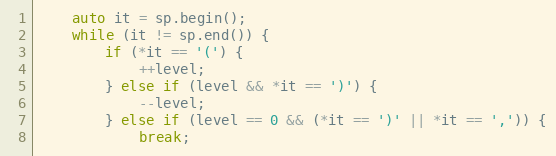
Language: C++
    auto it = sp.begin();
    while (it != sp.end()) {
        if (*it == '(') {
            ++level;
        } else if (level && *it == ')') {
            --level;
        } else if (level == 0 && (*it == ')' || *it == ',')) {
            break;